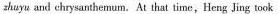
zhuyu and chrysanthemum. At that time,Heng Jing took